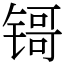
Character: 鿔